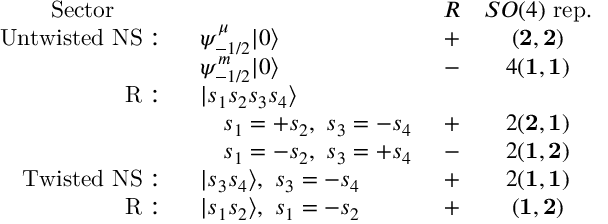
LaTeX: \begin{array} { r l c c } { { \mathrm { S e c t o r ~ \qquad ~ } } } & { { } } & { { R } } & { { S O ( 4 ) \mathrm { ~ r e p . } } } \\ { { \mathrm { U n t w i s t e d ~ N S : \ \ } } } & { { \psi _ { - 1 / 2 } ^ { \mu } | 0 \rangle } } & { { + } } & { { ( { \bf 2 } , { \bf 2 } ) } } \\ { { } } & { { \psi _ { - 1 / 2 } ^ { m } | 0 \rangle } } & { { - } } & { { 4 ( { \bf 1 } , { \bf 1 } ) } } \\ { { \mathrm { R : \ \ } } } & { { | s _ { 1 } s _ { 2 } s _ { 3 } s _ { 4 } \rangle } } & { { } } & { { } } \\ { { } } & { { \quad s _ { 1 } = + s _ { 2 } , \ s _ { 3 } = - s _ { 4 } \ } } & { { + } } & { { 2 ( { \bf 2 } , { \bf 1 } ) } } \\ { { } } & { { \quad s _ { 1 } = - s _ { 2 } , \ s _ { 3 } = + s _ { 4 } \ } } & { { - } } & { { 2 ( { \bf 1 } , { \bf 2 } ) } } \\ { { \mathrm { T w i s t e d ~ N S : \ \ } } } & { { | s _ { 3 } s _ { 4 } \rangle , \ s _ { 3 } = - s _ { 4 } } } & { { + } } & { { 2 ( { \bf 1 } , { \bf 1 } ) } } \\ { { \mathrm { R : \ \ } } } & { { | s _ { 1 } s _ { 2 } \rangle , \ s _ { 1 } = - s _ { 2 } } } & { { + } } & { { ( { \bf 1 } , { \bf 2 } ) } } \end{array}